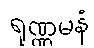
ရုဏ္ဏမနံ